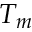
T _ { m }